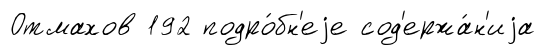
Отмахов 192 подро́бн'еjе сод'ержа́н'иjа